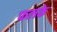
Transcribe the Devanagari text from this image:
फलके